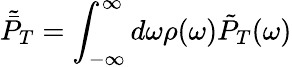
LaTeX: \tilde{\bar{P}}_{T}=\int_{-\infty}^{\infty}d\omega\rho(\omega)\tilde{P}_{T}(\omega)